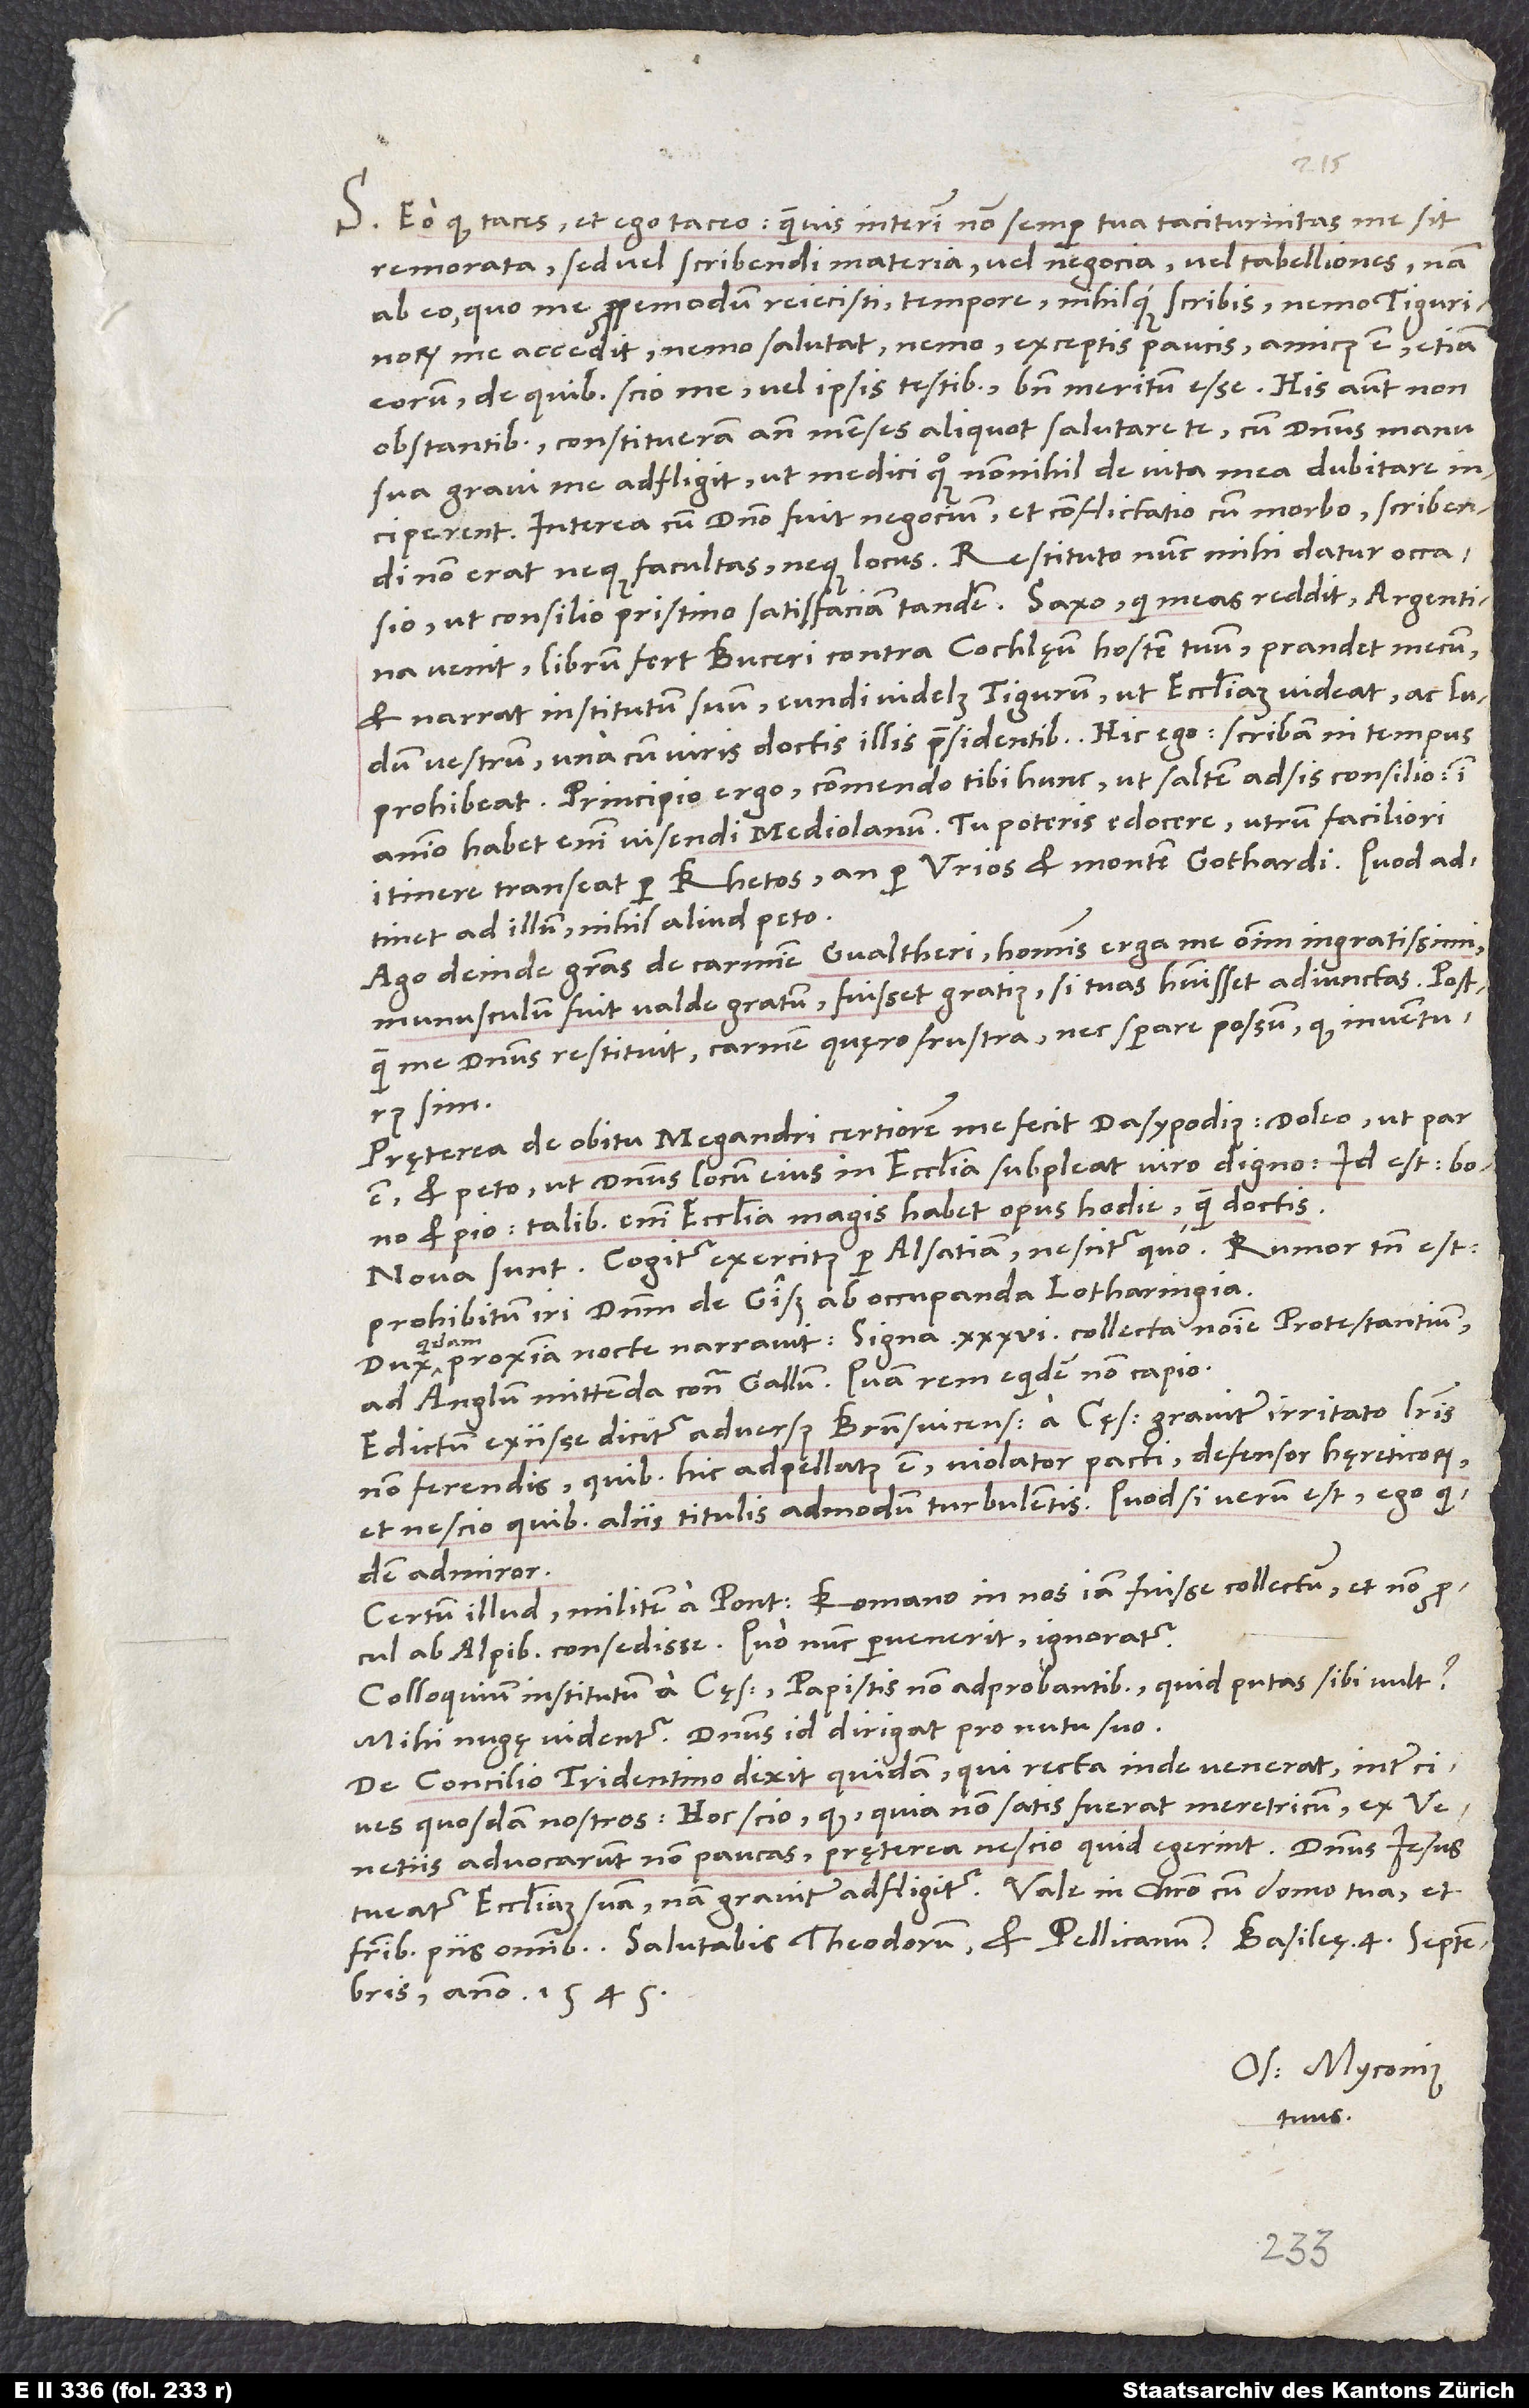
S. Eo quod taces, et ego taceo, quamvis interim non semper tua taciturnitas me sit
remorata, sed vel scribendi materia, vel negocia, vel tabelliones; nam
ab eo, quo me propemodum reiecisti, tempore nihilque scribis, nemo Tigurinorum
me accedit, nemo salutat, nemo exceptis paucis amicus est, etiam
eorum, de quibus scio me vel ipsis testibus bene meritum esse. His autem non
obstantibus constitueram ante menses aliquot salutare te, cum dominus manu
sua gravi me adfligit, ut medici quoque nonnihil de vita mea dubitare
inciperent. Interea, cum domino fuit negocium et conflictatio cum morbo, scribendi
non erat neque facultas neque locus. Restituto nunc mihi datur occasio,
venit; librum fert Buceri contra Cochlęum, hostem tuum. Prandet mecum
et narrat institutum suum, eundi videlicet Tigurum, ut ecclesiam videat ac ludum
vestrum una cum viris doctis illis praesidentibus. Hic ego: „Scribam, ni tempus
prohibeat.“ Principio ergo commendo tibi hunc, ut saltem adsis consilio; in
animo habet enim visendi Mediolanum. Tu poteris edocere, utrum faciliori
itinere transeat, per Rhetos an per Urios et montem Gothardi. Quod adtinet
ad illum, nihil aliud peto.
Ago deinde gratias de carmine Gvaltheri, hominis erga me omnium ingratissimi.
Munusculum fuit valde gratum. Fuisset gratius, si tuas habuisset adiunctas. Postquam
restituit, carmen quęro frustra nec sperare possum, quod inventurus
sim.
Pręterea de obitu Megandri certiorem me fecit Dasypodius. Doleo, ut par
est, et peto, ut dominus locum eius in ecclesia subpleat viro digno, id est bono
et pio; talibus enim ecclesia magis habet opus hodie quam doctis.
Nova sunt: Cogitur exercitus per Alsatiam, nescitur quo. Rumor tamen est
prohibitum iri dominum de Giß ab occupanda Lotharingia.
proxima nocte narravit signa 36 collecta nomine protestantium
quidam
ad Anglum mittenda contra Gallum, quam rem equidem non capio.
Edictum exiisse dicitur adversus Brunsvicensem a cęsare graviter irritato literis
non ferendis, quibus hic adpellatus est violator pacti, defensor hęreticorum
et nescio quibus aliis titulis admodum turbulentis. Quod si verum est, ego quidem
admiror.
Certum illud: Militem a pontifice Romano in nos iam fuisse collectum et non procul
ab Alpibus consedisse. Quo nunc pervenerit, ignoratur.
Colloquium institutum a cęsare papistis non adprobantibus quid, putas, sibi vult?
Mihi nugę videntur. Dominus id dirigat pro nutu suo.
De concilio Tridentino dixit quidam, qui recta inde venerat, inter cives
quosdam nostros: „Hoc scio, quod, quia non satis fuerat meretricum, ex Venetiis
advocarunt non paucas; pręterea nescio, quid egerint.“ Dominus Iesus
anno 1545.
Os. Myconius
tuus.